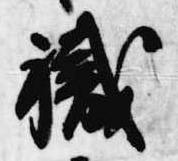
職